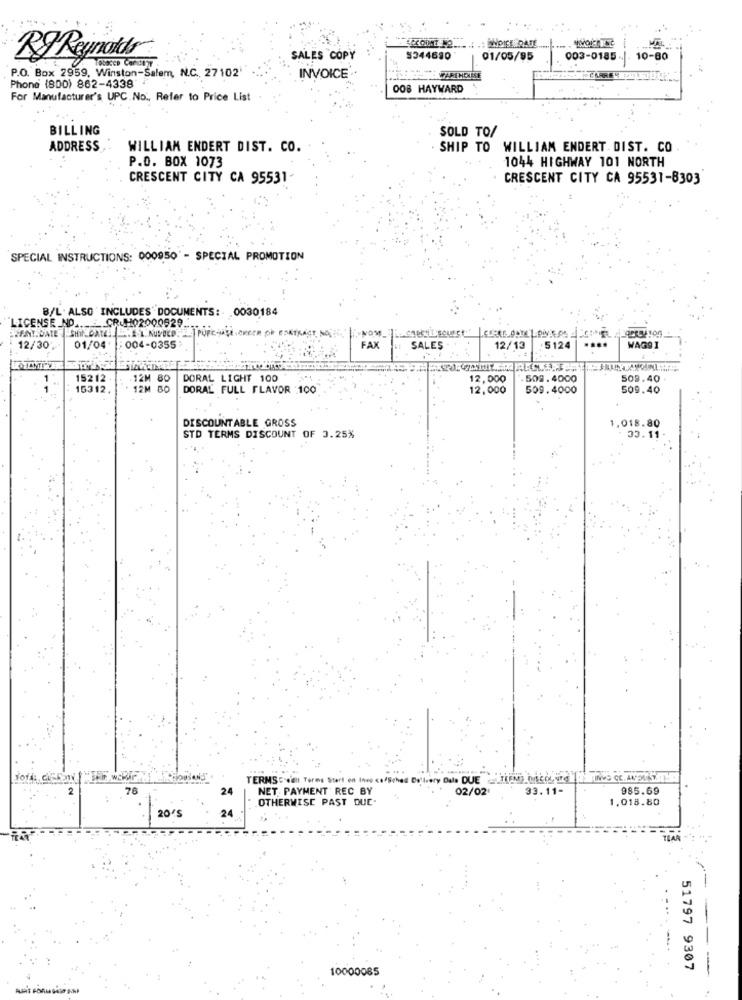
RJ Reynolds
SALES COPY
5344680
01/05/95
003-0185
10-80
P.O. Box 2959, Winston-Salem, N.C ., 27102'
Phone (800) 862-4338"
INVOICE
WAREHOUSE
CARRE
008 HAYWARD
For Manufacturer's, UPC No ., Refer to Price List
BILLING
SOLD TO/
ADDRESS
WILLIAM ENDERT DIST. CO.
SHIP TO WILLIAM ENDERT DIST. CO
P.O. BOX 1073
1044 HIGHWAY 101 NORTH
CRESCENT CITY CA 95531-
CRESCENT CITY CA 95531-8303
SPECIAL INSTRUCTIONS: 000950 - SPECIAL PROMOTION
B/L. ALSO INCLUDES DOCUMENTS: 0030184
LICENSE NO ...: CRUH02000929.
.SHr_DAT
PURCHASE ORDER De Eski
12/30
01/04
004-0355
FAX
SALES
12/13
: 5124
....
WAGSI
15212
12M 80
DORAL LIGHT 100
12,000
. 509. 4000
509.40
15312
12M B0
DORAL FULL FLAVOR :100
12,000
509.4000
509.40
DISCOUNTABLE GROSS
1.018.80
STD TERMS DISCOUNT OF 3.25%
33.11
TERMS : e'alt Tores Stert en Inve <afSchad Delivery Dala DUE TEM) orscot iird
INVS CE.ANDLT
76
24
NET. PAYMENT REC BY
02/02'
33.11-
985.69
OTHERWISE PAST DUE
1.018.80
20'S
24
51797 9307
10000085